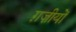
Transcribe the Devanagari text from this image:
ग़ज़ीयों